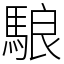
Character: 駺